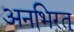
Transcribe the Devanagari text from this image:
अनभिरत्